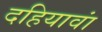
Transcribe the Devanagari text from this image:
दहियावां